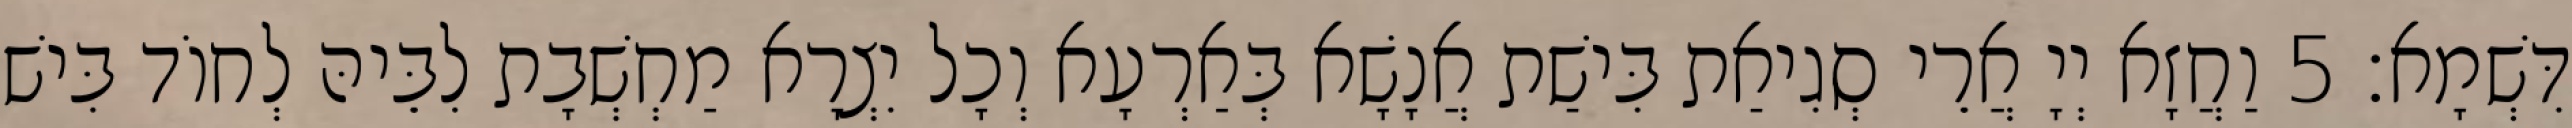
דִּשְׁמָא׃ 5 וַחֲזָא יְיָ אֲרֵי סְגִיאַת בִּישַׁת אֲנָשָׁא בְּאַרְעָא וְכָל יִצְרָא מַחְשְׁבָת לִבֵּיהּ לְחוֹד בִּישׁ